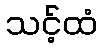
သင့်ထံ